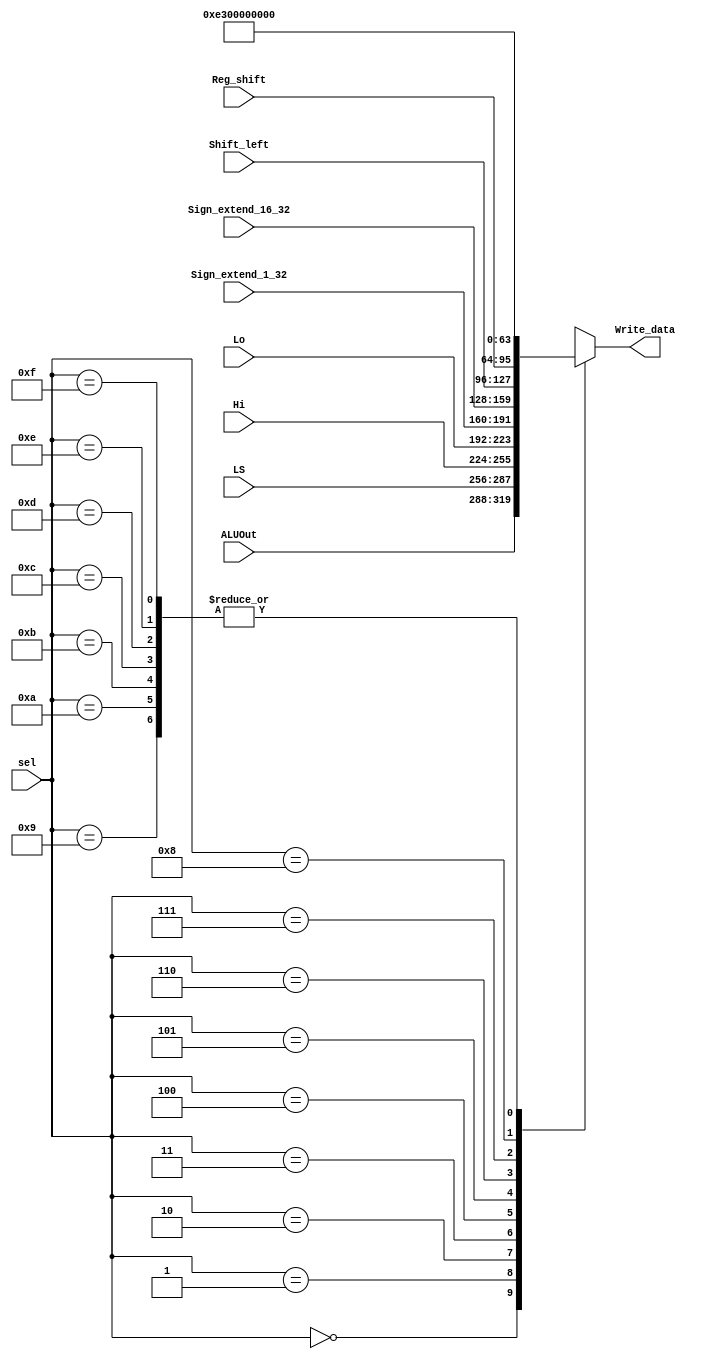
module mux_datasrc(
    input wire [3:0] sel,
    input wire [31:0] ALUOut,
    input wire [31:0] LS,
    input wire [31:0] Hi,
    input wire [31:0] Lo,
    input wire [31:0] Sign_extend_1_32,
    input wire [31:0] Sign_extend_16_32,
    input wire [31:0] Shift_left,
    input wire [31:0] Reg_shift,
    output reg [31:0] Write_data
);

always@(*) begin
    case (sel)
        4'b0000: Write_data = ALUOut;
        4'b0001: Write_data = LS;
        4'b0010: Write_data = Hi;
        4'b0011: Write_data = Lo;
        4'b0100: Write_data = Sign_extend_1_32;
        4'b0101: Write_data = Sign_extend_16_32;
        4'b0110: Write_data = Shift_left;
        4'b0111: Write_data = Reg_shift;
        4'b1000: Write_data = 32'b11100011; // binrio de 227
        4'b1001: Write_data = 32'b0;
        4'b1010: Write_data = 32'b0;
        4'b1011: Write_data = 32'b0;
        4'b1100: Write_data = 32'b0;
        4'b1101: Write_data = 32'b0;
        4'b1110: Write_data = 32'b0;
        4'b1111: Write_data = 32'b0;
    endcase
  end
endmodule